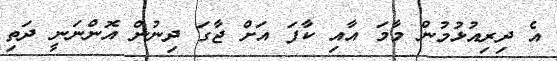
އެ ދިރިއުޅުމުން މާމަ އާއި ކާފަ އަށް ޖާގަ ދިނުން އޮންނަނީ ދަތި